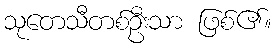
သုတေသီတစ်ဦးသာ ဖြစ်၏။